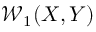
\mathcal { W } _ { 1 } ( X , Y )